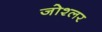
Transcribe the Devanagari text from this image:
जोश्लर